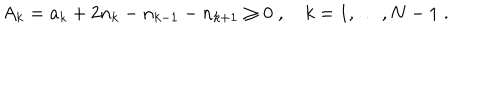
LaTeX: A _ { k } = a _ { k } + 2 n _ { k } - n _ { k - 1 } - n _ { k + 1 } \geq 0 \; , \quad k = 1 , \ldots , N - 1 \; .